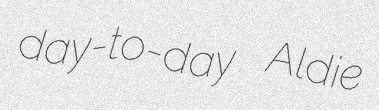
day-to-day Aldie